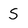
Character: S